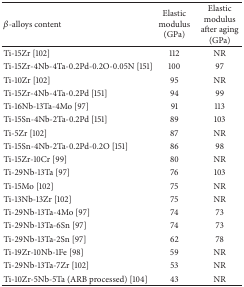
| β-alloys content | Elastic modulus (GPa) | Elastic modulus after aging (GPa) |
 | --- | --- | --- |
 | Ti-15Zr [102] | 112 | NR |
 | Ti-15Zr-4Nb-4Ta-0.2Pd-0.2O-0.05N [151] | 100 | 97 |
 | Ti-10Zr [102] | 95 | NR |
 | Ti-15Zr-4Nb-4Ta-0.2Pd [151] | 94 | 99 |
 | Ti-16Nb-13Ta-4Mo [97] | 91 | 113 |
 | Ti-15Sn-4Nb-2Ta-0.2Pd [151] | 89 | 103 |
 | Ti-5Zr [102] | 87 | NR |
 | Ti-15Sn-4Nb-2Ta-0.2Pd-0.2O [151] | 86 | 98 |
 | Ti-15Zr-10Cr [99] | 80 | NR |
 | Ti-29Nb-13Ta [97] | 76 | 103 |
 | Ti-15Mo [102] | 75 | NR |
 | Ti-13Nb-13Zr [102] | 75 | NR |
 | Ti-29Nb-13Ta-4Mo [97] | 74 | 73 |
 | Ti-29Nb-13Ta-6Sn [97] | 74 | 73 |
 | Ti-29Nb-13Ta-2Sn [97] | 62 | 78 |
 | Ti-19Zr-10Nb-1Fe [98] | 59 | NR |
 | Ti-29Nb-13Ta-7Zr [102] | 53 | NR |
 | Ti-10Zr-5Nb-5Ta (ARB processed) [104] | 43 | NR |